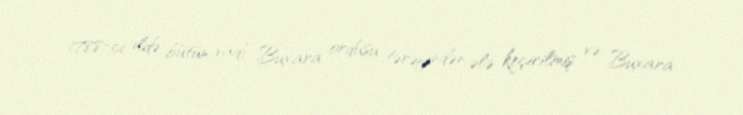
1788-ci ildə bütün vadi Buxara ordusu tərəfindən ələ keçirilmiş və Buxara